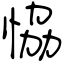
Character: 恊